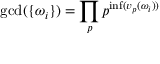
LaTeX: \displaystyle \gcd ( \{ \omega _ { i } \} ) \displaystyle = \prod _ { p } p ^ { \operatorname* { i n f } ( v _ { p } ( \omega _ { i } ) ) }